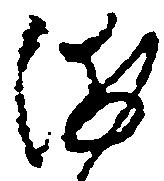
浦